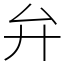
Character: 弁